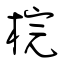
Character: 梡